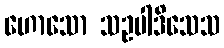
ဟောသော သဥပါဒိသေသ